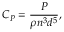
C _ { P } = \frac { P } { \rho n ^ { 3 } d ^ { 5 } } ,